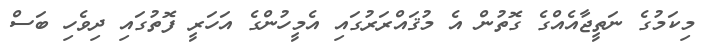
މިކަމުގެ ނަތީޖާއެއްގެ ގޮތުން އެ މުޤައްރަރުގައި އެމީހުންގެ އަހަރީ ފޮތުގައި ދިވެހި ބަސް